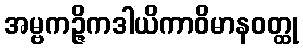
အမ္ဗကဉ္ဇိကဒါယိကာဝိမာနဝတ္ထု